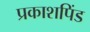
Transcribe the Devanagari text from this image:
प्रकाशपिंड